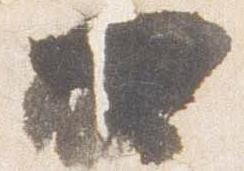
可